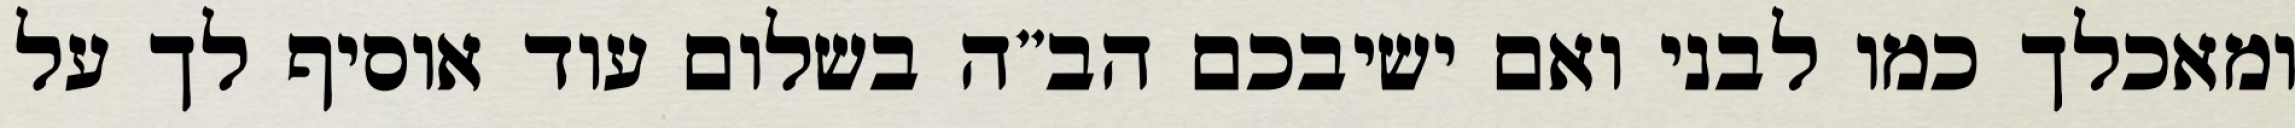
ומאכלך כמו לבני ואם ישיבכם הב”ה בשלום עוד אוסיף לך על